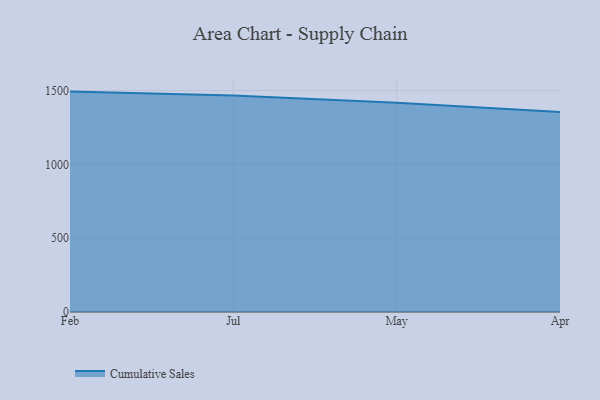
{"axis": {"x": "Month", "y": "Production Output"}, "legend": ["Cumulative Sales"], "data": [{"x": "Feb", "y": 1492.9, "type": "Cumulative Sales"}, {"x": "Jul", "y": 1467.2, "type": "Cumulative Sales"}, {"x": "May", "y": 1417.5, "type": "Cumulative Sales"}, {"x": "Apr", "y": 1353.9, "type": "Cumulative Sales"}]}